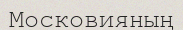
Московияның